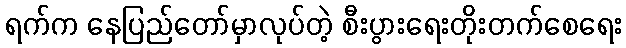
ရက်က နေပြည်တော်မှာလုပ်တဲ့ စီးပွားရေးတိုးတက်စေရေး